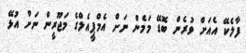
ފާލެކޭ އެއަށް ވުރެން ބޮޑޭ މަމެން ނަށް އެމްޕީއެލްގެ މަޖޫރީން ނަށް އުޅޭ